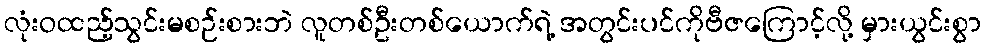
လုံးဝထည့်သွင်းမစဉ်းစားဘဲ လူတစ်ဦးတစ်ယောက်ရဲ့ အတွင်းပင်ကိုဗီဇကြောင့်လို့ မှားယွင်းစွာ